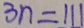
3 n = 1 1 1